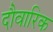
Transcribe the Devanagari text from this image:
दौवारिक